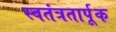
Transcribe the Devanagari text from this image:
स्वतंत्रतार्पूक